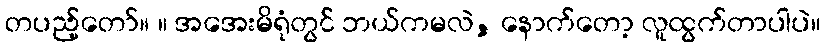
တပည့်တော်။ ။ အအေးမိရုံတွင် ဘယ်ကမလဲ, နောက်တော့ လူထွက်တာပါပဲ။